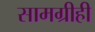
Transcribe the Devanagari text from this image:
सामग्रीही